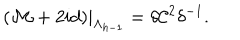
( { \cal M } + 2 i d ) | _ { \Lambda _ { h - 1 } } = \delta { \cal C } ^ { 2 } \delta ^ { - 1 } .